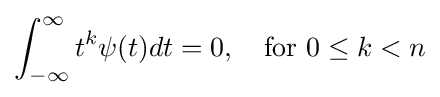
\int _{-\infty }^{\infty }t^{k}\psi (t)dt=0,\quad {\text{for}}\ 0\leq k<n